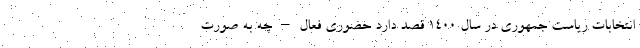
انتخابات ریاست جمهوری در سال 1400 قصد دارد حضوری فعال – چه به صورت